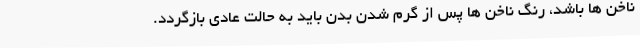
ناخن ها باشد، رنگ ناخن ها پس از گرم شدن بدن باید به حالت عادی بازگردد.